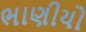
ભાણીયો